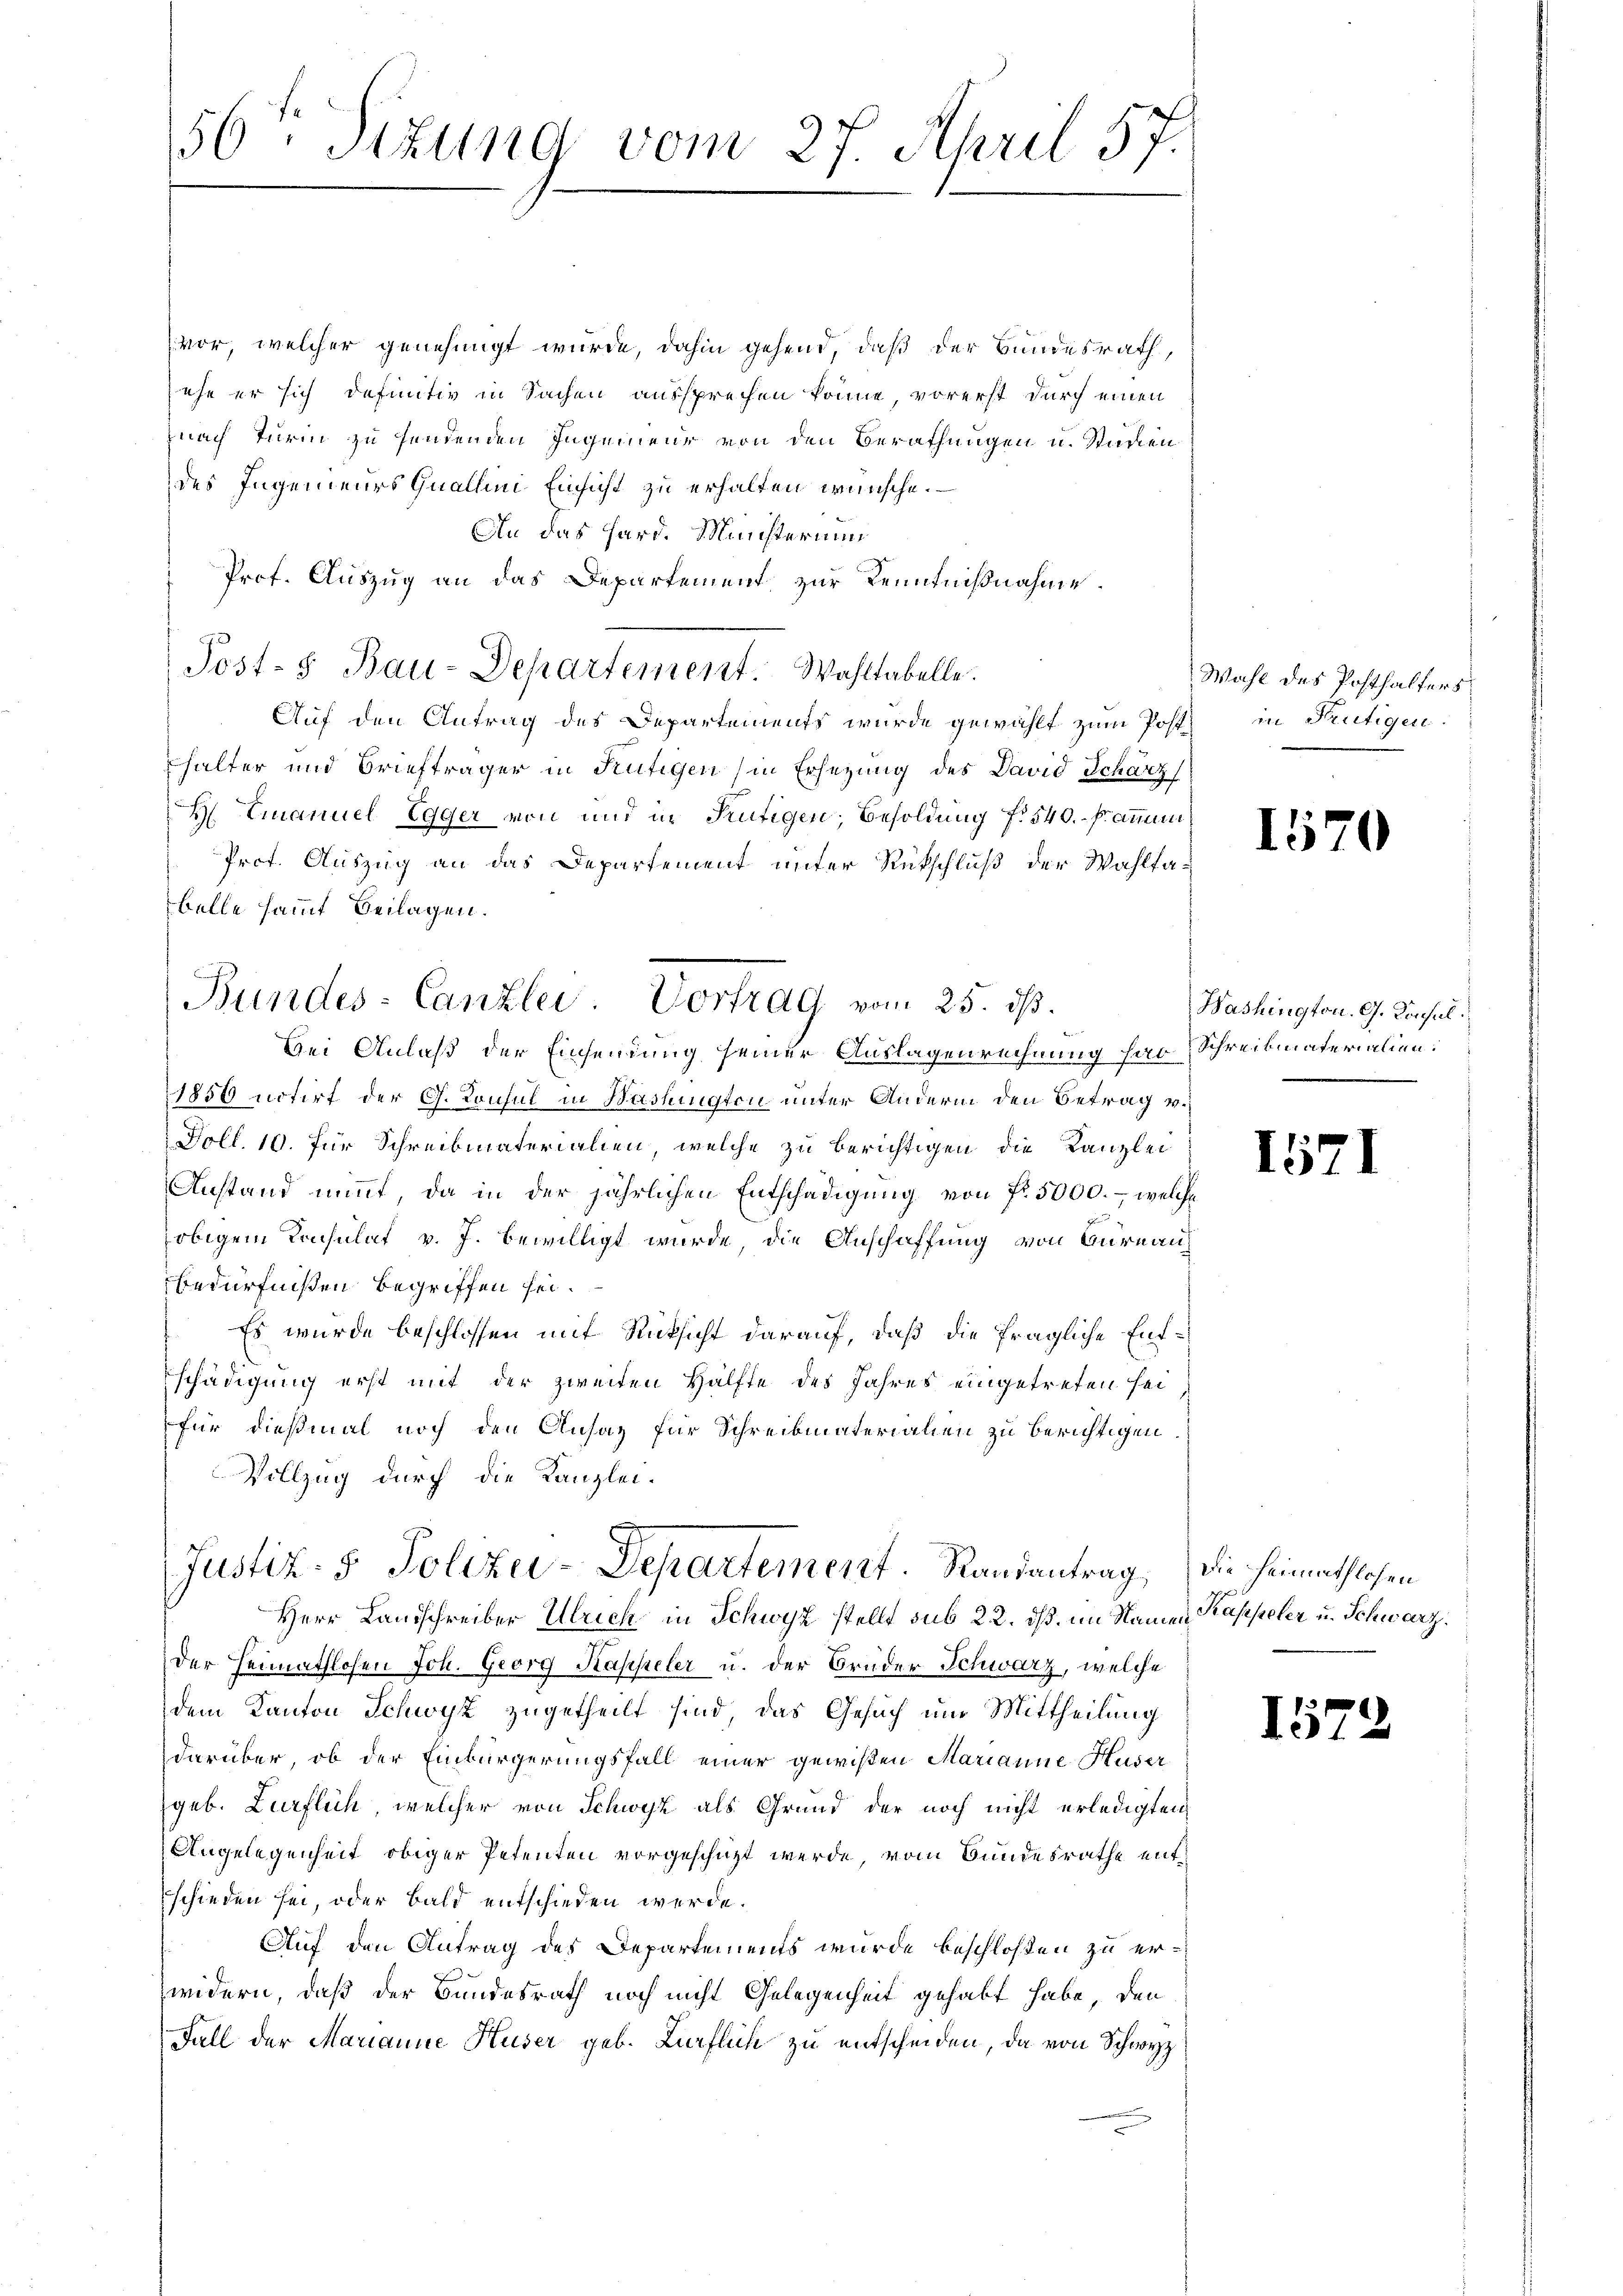
vor, welcher genehmigt wurde, dahin gehend, daß der Bundesrath,
sehe er sich definitiv in Sachen aussprechen könne, vorerst durch einen
nach Turin zu sendenden Ingenieur von den Berathungen u. Städten
des Ingenieurs Quallini Einsicht zu erhalten wünsche.
An das Hard. Ministerium
Prof. Auszug an das Departement zur Kenntnißnahme.
Auf den Antrag des Departements wurde gewählt zum Post in Frutigen.
halter und Briefträger in Kütigen (in Ersezung des David Schärz
H Emanuel Egger von und in Kreutigen, Besoldung f. 540. - Pammini
Prot. Auszug an das Departement unter Rückschluß der Wahlta-
belle sammt Beilagen.
bei Anlaß der Einsendung seiner Auslagenrechnung har Schreibmaterialien:
1850 notirt der G. Konsul in Washingten unter Andern den Betrag v.
Doll. 10. für Schreibmaterialien, welche zu berichtigen die Kanzlei
Anstand nimmt, da in der jährlichen Entschädigung von Fr. 5000. – welche
obigem Konsulat v. J. bewilligt wurde, die Anschaffung von Gurnau
Bedürfnißen begriffen sei.
Es wurde beschlossen mit Rücksicht darauf, daß die fragliche Entschädigung erst mit der zweiten Hälfte des Jahres eingetreten sei
für dießmal noch den Ansag für Schreibmaterialien zu berichtigen
Vollzug durch die Kanzlei-
e
Justiz- & Polizei-Departement. Randantrag, die Heimathlosen
Herr Landschreiber Ulrich in Schwyz stellt sub 22. ds. im Namen Kappeler u. Schwarz.
Der Heimathlohen Joh. Georg Kapseler u. der Bruder Schwarz, welche
dem Kanton Schwyz zugetheilt sind, das Gesuch um Mittheilung
darüber, ob der Einbürgerungsfall einer gewißen Marianne Huser
geb. Zurflich, welcher von Schwyz als Grund der noch nicht erledigten
Angelegenheit obiger Petenten vorgeschüzt werde, vom Bundesrathe entschieden sei, oder Bald entschieden werde.
Auf den Antrag des Departements wurde beschloßen zu erwidern, daß der Bundesrath noch nicht Gelegenheit gehabt habe, den
Fall der Marianne Huser geb. Lieflich zu entscheiden, da von Schwyz

56. Sizung vom 27. April 57.

Bundes-Canzlei. Vortrag vom 25. ds.

Post- & Bau-Departement. Wahltabelle.

Wahl des Posthalters

1570

Washington. G. Konsul.
e

1571

1572